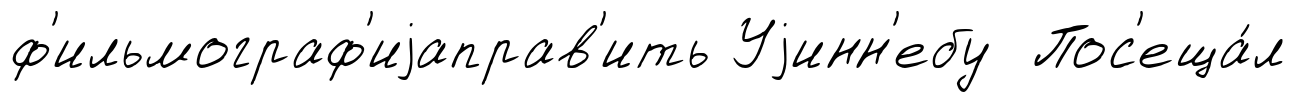
ф'ильмограф'иjаправ'ить Уjинн'ебу Пос'еща́л